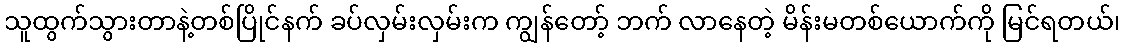
သူထွက်သွားတာနဲ့တစ်ပြိုင်နက် ခပ်လှမ်းလှမ်းက ကျွန်တော့် ဘက် လာနေတဲ့ မိန်းမတစ်ယောက်ကို မြင်ရတယ်၊